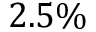
2 . 5 \%